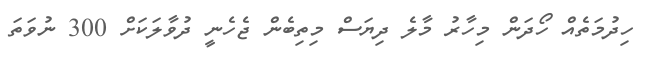
ހިދުމަތެއް ހޯދަން މިހާރު މާލެ ދިޔަސް މިތިބެން ޖެހެނީ ދުވާލަކަށް 300 ނުވަތަ